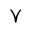
\curlyvee